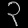
Digit: ၃